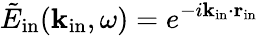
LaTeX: \tilde{E}_{\mathrm{in}}({\mathbf k}_{\mathrm{in}},\omega)=e^{-i{\mathbf k_{\mathrm{in}}}\cdot{\mathbf r_{\mathrm{in}}}}